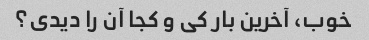
خوب، آخرین بار کی و کجا آن را دیدی؟